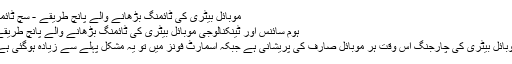
موبائل بیٹری کی ٹائمنگ بڑھانے والے پانچ طریقے - سچ ٹائمز
ہوم سائنس اور ٹینکنالوجی موبائل بیٹری کی ٹائمنگ بڑھانے والے پانچ طریقے
موبائل بیٹری کی چارجنگ اس وقت ہر موبائل صارف کی پریشانی ہے جبکہ اسمارٹ فونز میں تو یہ مشکل پہلے سے زیادہ ہوگئی ہے۔